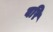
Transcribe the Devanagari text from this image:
वरि